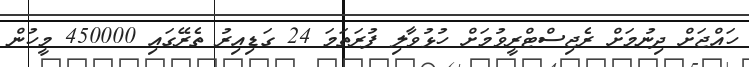
ހައްޖަށް ދިނުމަށް ރެޖިސްޓްރީވުމަށް ހުޅުވާލި ފުރަތަމަ 24 ގަޑިއިރު ތެރޭގައި 450000 މީހުން